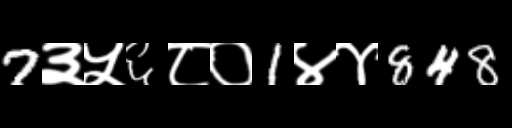
Text: 7३५६८०1४४848